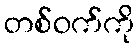
တစ်ဝက်ကို